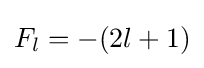
F_{l}=-(2l+1)